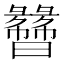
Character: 𬁯